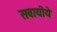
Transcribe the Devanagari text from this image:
सवायीये